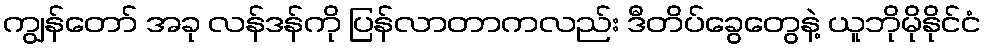
ကျွန်တော် အခု လန်ဒန်ကို ပြန်လာတာကလည်း ဒီတိပ်ခွေတွေနဲ့ ယူဘိုမိုနိုင်ငံ